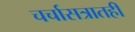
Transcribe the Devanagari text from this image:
चर्चासत्रातही